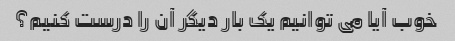
خوب آیا می توانیم یک بار دیگر آن را درست کنیم؟